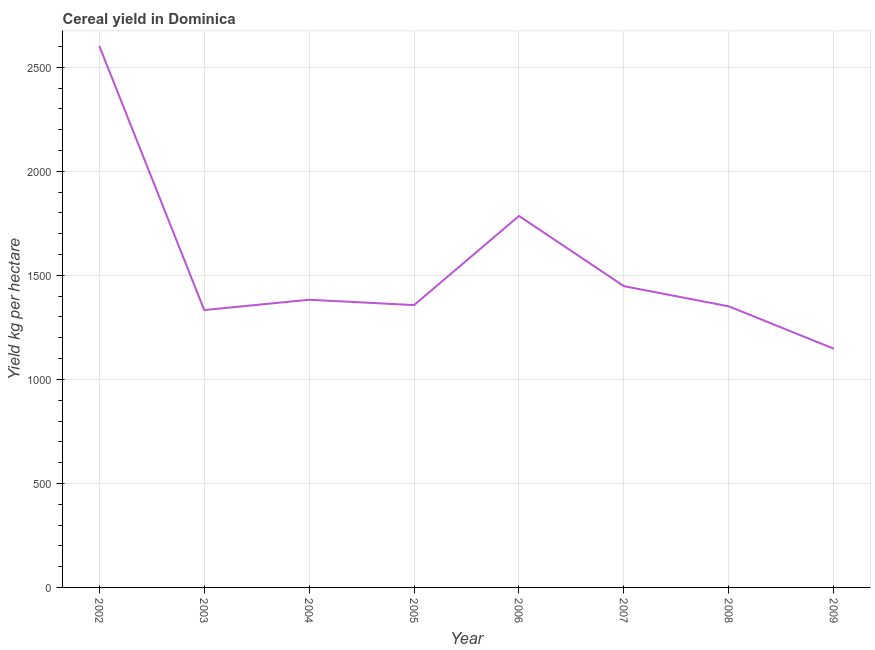
| Year | Cereal yield |
 | --- | --- |
 | 2002 | 2.6e+03 |
 | 2003 | 1.33e+03 |
 | 2004 | 1.38e+03 |
 | 2005 | 1.36e+03 |
 | 2006 | 1.79e+03 |
 | 2007 | 1.45e+03 |
 | 2008 | 1.35e+03 |
 | 2009 | 1.15e+03 |